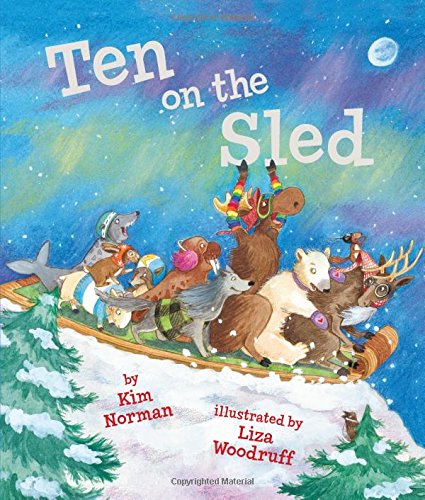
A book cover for Ten on the Sled; Kim Norman; Children's Books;